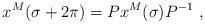
LaTeX: \begin{align*}x^M(\sigma+2 \pi) = P x^M(\sigma) P^{-1}~,\end{align*}